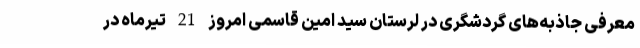
معرفی جاذبه‌های گردشگری در لرستان سید امین قاسمی امروز 21 تیرماه در